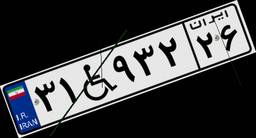
۴۶W۸۹۲۶۹